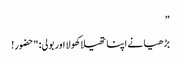
”
بڑھیا نے اپنا تھیلا کھولا اور بولی: "حضور!